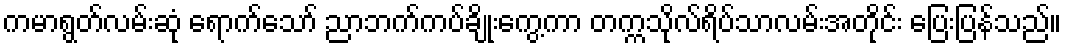
ကမာရွတ်လမ်းဆုံ ရောက်သော် ညာဘက်ကပ်ချိုးကွေ့ကာ တက္ကသိုလ်ရိပ်သာလမ်းအတိုင်း ပြေးပြန်သည်။